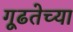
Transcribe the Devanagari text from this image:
गूढतेच्या